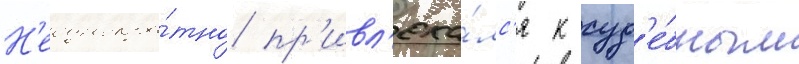
Н'еоднокра́тно пр'ивл'ека́лс'я к суд'е́бным